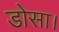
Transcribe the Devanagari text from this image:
डोसा।